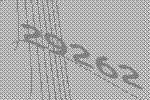
29262